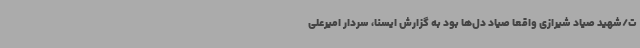
ت/شهید صیاد شیرازی واقعا صیاد دل‌ها بود به گزارش ایسنا، سردار امیرعلی